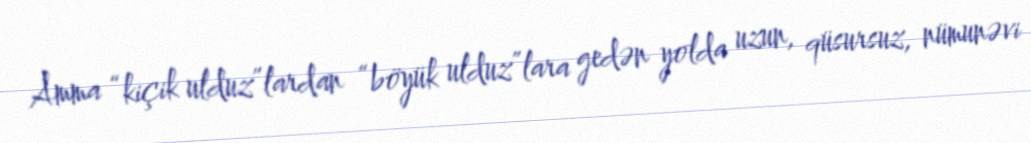
Amma “kiçik ulduz”lardan “böyük ulduz”lara gedən yolda uzun, qüsursuz, nümunəvi